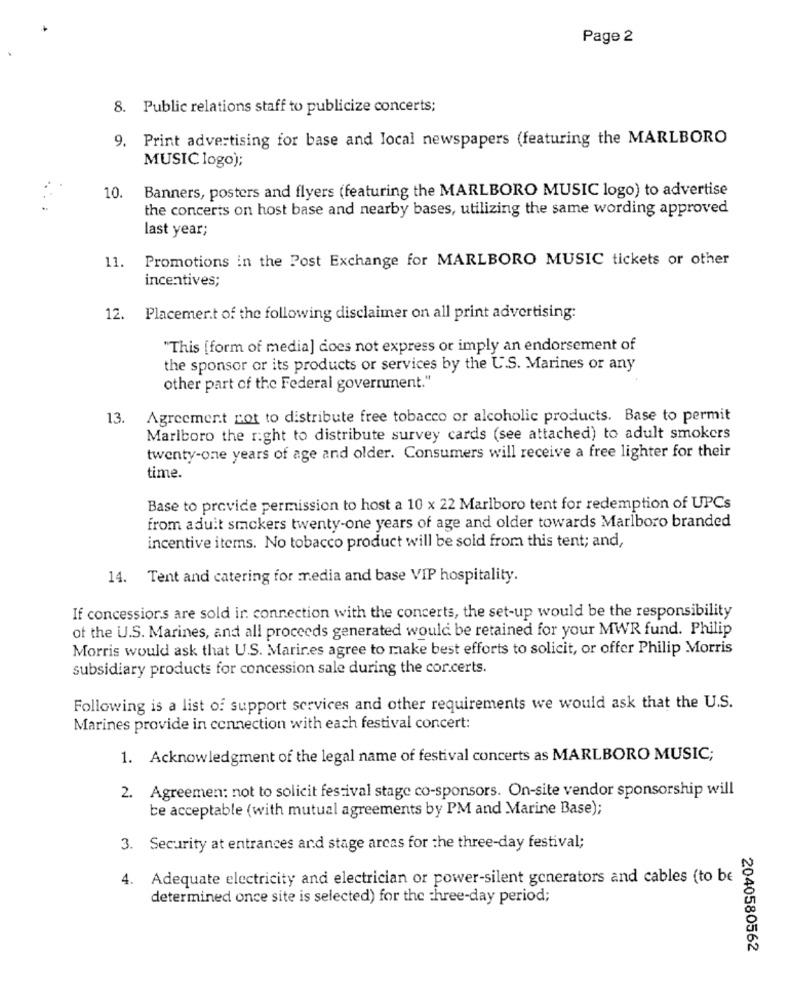
Page 2
8. Public relations staff to publicize concerts;
9. Print advertising for base and local newspapers (featuring the MARLBORO
MUSIC logo);
Banners, posters and flyers (featuring the MARLBORO MUSIC logo) to advertise
10.
the concerts on host base and nearby bases, utilizing the same wording approved
last year;
11.
Promotions in the Post Exchange for MARLBORO MUSIC tickets or other
incentives;
12. Placemert of the following disclaimer on all print advertising:
"This [form of media] does not express or imply an endorsement of
the sponsor or its products or services by the U.S. Marines or any
other part of the Federal government."
13.
Agreement cot to distribute free tobacco or alcoholic products. Base to permit
Marlboro the right to distribute survey cards (see attached) to adult smokers
twenty-one years of age and older. Consumers will receive a free lighter for their
time.
Base to provide permission to host a 10 x 22 Marlboro tent for redemption of UPCs
from adult smokers twenty-one years of age and older towards Marlboro branded
incentive items. No tobacco product will be sold from this tent; and,
14. Tent and catering for media and base VIP hospitality.
If concessions are sold in connection with the concerts, the set-up would be the responsibility
ot the U.S. Marines, and all proceeds generated would be retained for your MWR fund. Philip
Morris would ask that U.S. Marines agree to make best efforts to solicit, or offer Philip Morris
subsidiary products for concession sale during the cor.certs.
Following is a list of support services and other requirements we would ask that the U.S.
Marines provide in connection with each festival concert:
1. Acknowledgment of the legal name of festival concerts as MARLBORO MUSIC;
2. Agreemen: not to solicit festival stage co-sponsors. On-site vendor sponsorship will
be acceptable (with mutual agreements by PM and Marine Base);
3. Security at entrances and stage arcas for the three-day festival;
4. Adequate electricity and electrician or power-silent generators and cables (to be
determined once site is selected) for the three-day period;
2040580562